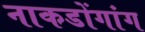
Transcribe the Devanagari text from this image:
नाकडोंगांग